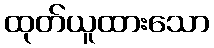
ထုတ်ယူထားသော